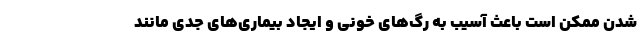
شدن ممکن است باعث آسیب به رگ‌های خونی و ایجاد بیماری‌های جدی مانند